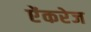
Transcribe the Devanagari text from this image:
ऐंकरेज